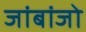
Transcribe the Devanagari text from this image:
जांबांजो